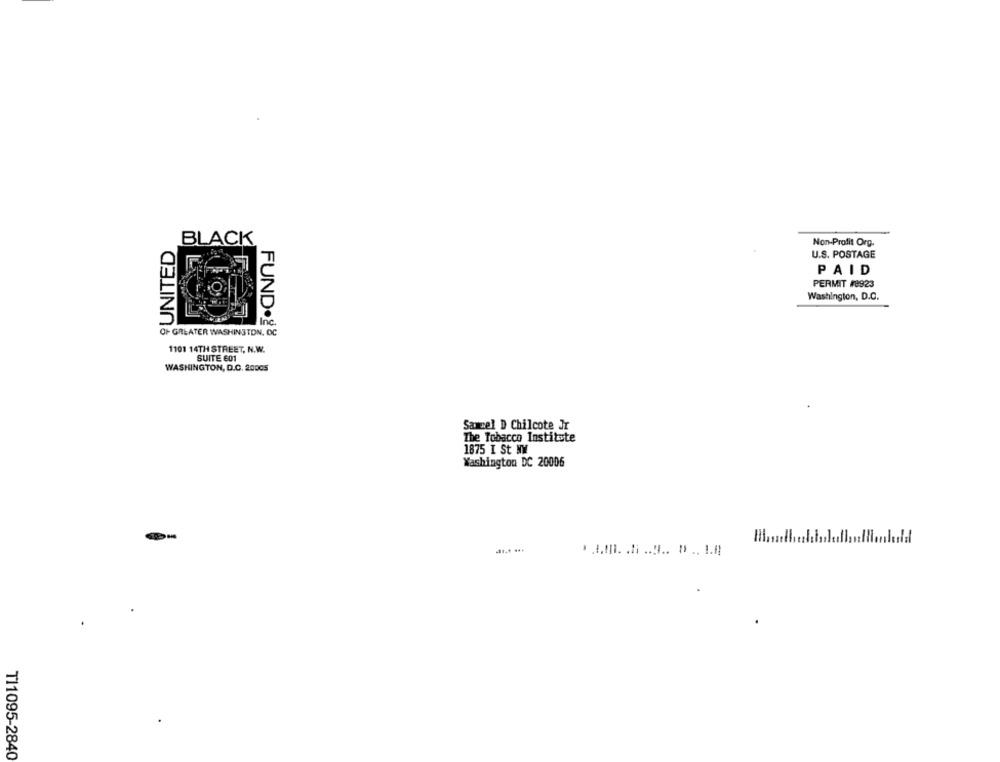
UNITED
BLACK
Non-Profit Org.
U.S. POSTAGE
PAID
PERMIT #8923
Washington, D.C.
OF GREATER WASHINGTON, DC
FUND.28
1101 14TH STREET, N.W.
SUITE 601
WASHINGTON, D.C. 20005
Sammel D Chilcote Jr
The Tobacco Institute
1875 I St NW
Washington DC 20006
Hi .. rll
.... ... 3 .. .. 1.8
T11095-2840